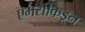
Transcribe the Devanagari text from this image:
एमसीकडून